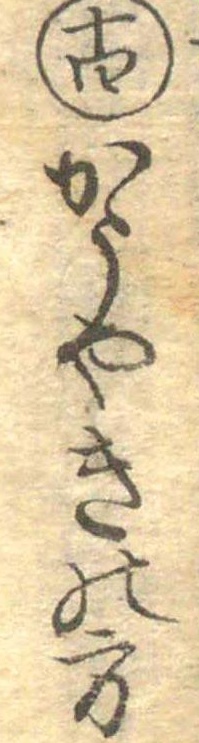
十四かうやきの方